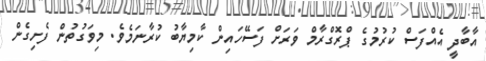
އާބާދީ އެއްފަސް ކުރުމުގެ ޕްރޮގްރާމް ވަރަށް ފަސޭހައިން ކާމިޔާބު ކުރާނަމެވެ. މިވަގުތުން ފެށިގެން